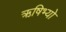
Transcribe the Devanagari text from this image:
ऋषिभ्यो